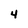
Character: 4